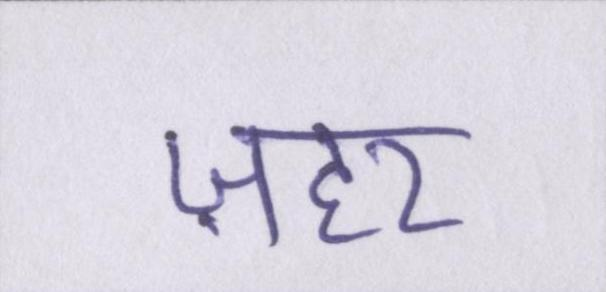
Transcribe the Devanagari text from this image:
ज़हर